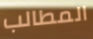
المطالب